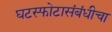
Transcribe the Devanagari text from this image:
घटस्फोटासंबंधीचा